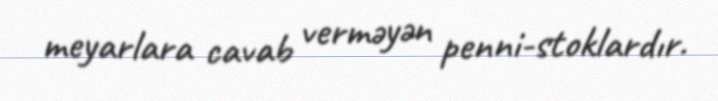
meyarlara cavab verməyən penni-stoklardır.